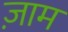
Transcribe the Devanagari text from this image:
ज़ाम